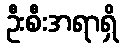
ဦးစီးအရာရှိ